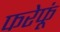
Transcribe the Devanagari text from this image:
फरेफूं